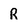
Character: R